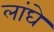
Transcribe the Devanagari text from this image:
लांघे